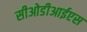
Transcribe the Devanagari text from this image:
सीओडीआईएस